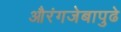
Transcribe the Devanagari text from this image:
औरंगजेबापुढे